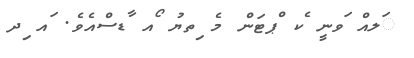
ަލއް ަވނީ ެކ ްޕޓަން މެ ިތޔު ޯއ ާޑސްއެވެ. ައ ިދ